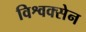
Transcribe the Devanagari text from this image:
विश्वक्सेन